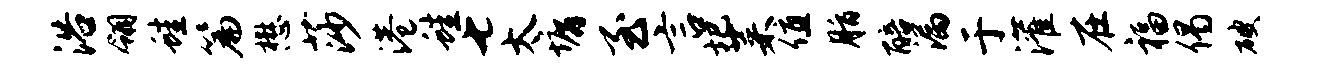
浴翎蛙篇懋莎港蛙七太墉至言圯菜值脂醅漏于灌在福偈破